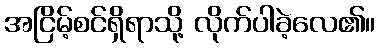
အငြိမ့်စင်ရှိရာသို့ လိုက်ပါခဲ့လေ၏။